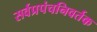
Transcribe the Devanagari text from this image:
सर्वप्रपंचनिवर्तक